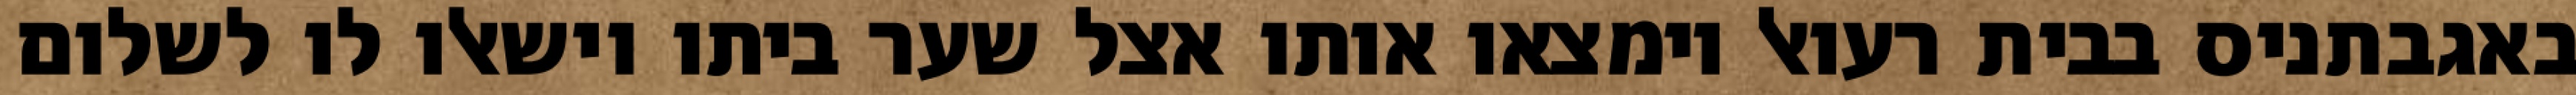
באגבתניס בבית רעואל וימצאו אותו אצל שער ביתו וישאלו לו לשלום